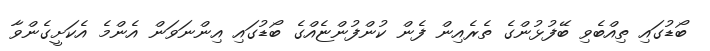
ބޯޑުގައި ތިއްބެވި ބޭފުޅުންގެ ތެރެއިން ފެން ކުންފުންޏެއްގެ ބޯޑުގައި އިންނަވަން އެންމެ އެކަށީގެންވާ